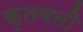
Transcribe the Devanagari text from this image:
कृतवती